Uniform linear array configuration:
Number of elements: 64
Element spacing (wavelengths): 0.25
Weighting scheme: blackman
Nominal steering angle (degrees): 0
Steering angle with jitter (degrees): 1.975
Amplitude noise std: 0.05
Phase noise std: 0.05

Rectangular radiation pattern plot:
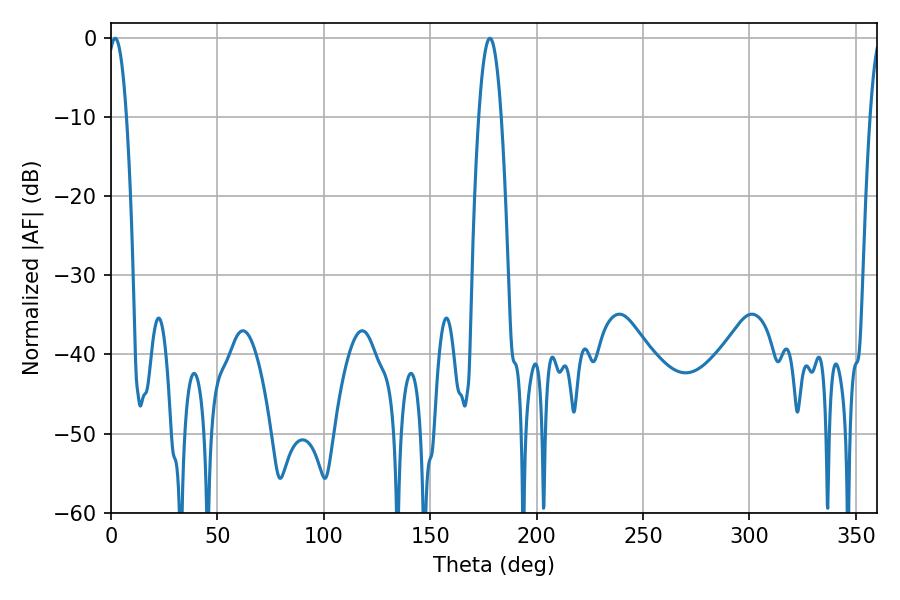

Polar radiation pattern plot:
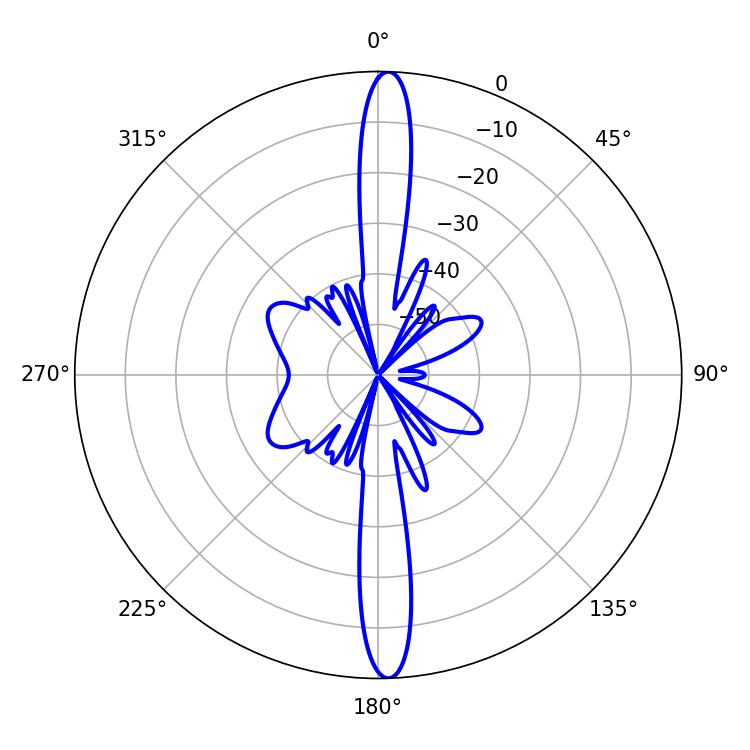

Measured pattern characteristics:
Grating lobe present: FALSE
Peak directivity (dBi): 24.365
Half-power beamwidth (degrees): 4.86
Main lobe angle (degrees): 1.98